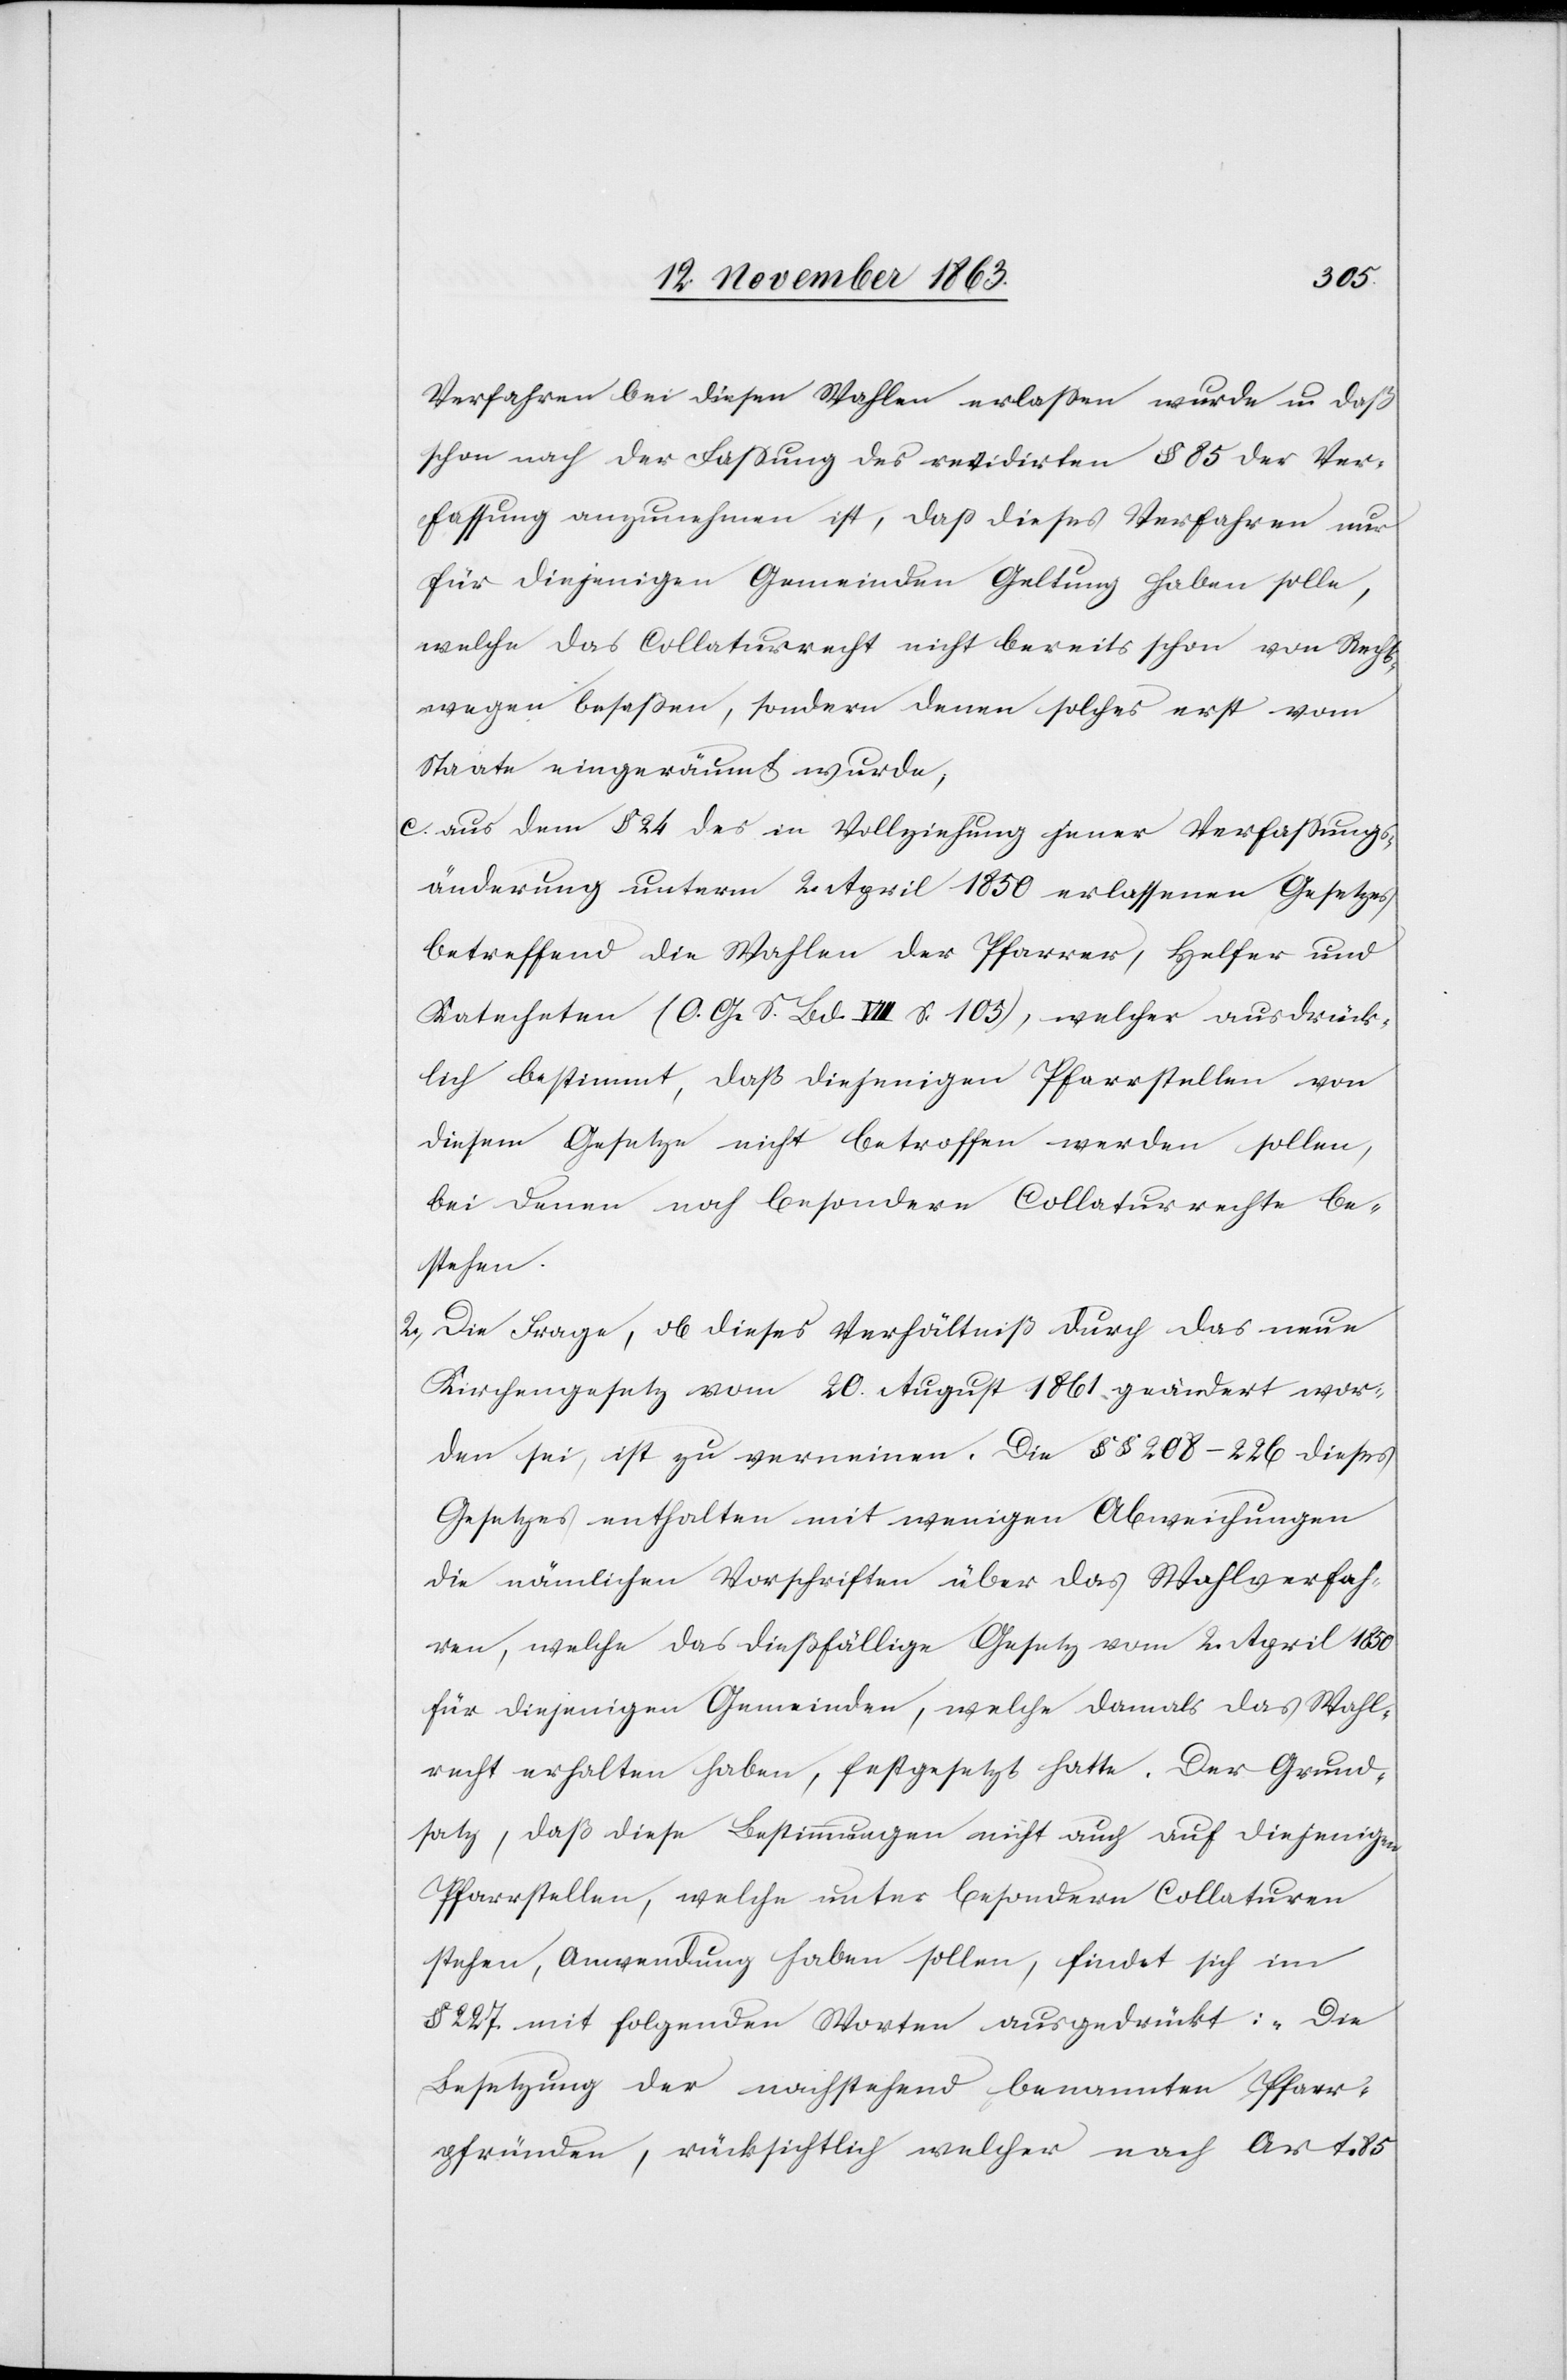
Verfahren bei diesen Wahlen erlassen wurde u. daß
schon nach der Fassung des revidirten § 85 der Ver¬
fassung anzunehmen ist, daß dieses Verfahren nur
für diejenigen Gemeinden Geltung haben solle,
welche das Collaturrecht nicht bereits schon von Recht¬
swegen besaßen, sondern denen solches erst vom
Staate eingeräumt wurde,
c. aus dem § 24 des in Vollziehung jener Verfassungs¬
änderung unterm 2. April 1850 erlassenen Gesetzes
betreffend die Wahlen der Pfarrer, Helfer und
Katecheten (O. G. S. Bd. VIII S. 105), welcher ausdrück¬
lich bestimmt, daß diejenigen Pfarrstellen von
diesem Gesetze nicht betroffen werden sollen,
bei denen noch besondere Collaturrechte be¬
stehen.
2. Die Frage, ob dieses Verhältniß durch das neue
Kirchengesetz vom 20. August 1861 geändert wor¬
den sei, ist zu verneinen. Die §§ 208–226 dieses
Gesetzes enthalten mit wenigen Abweichungen
die nämlichen Vorschriften über das Wahlverfah¬
ren, welche das dießfällige Gesetz vom 2. April 1850
für diejenigen Gemeinden, welche damals das Wahl¬
recht erhalten haben, festgesetzt hatte. Der Grund¬
satz, daß diese Bestimmungen nicht auch auf diejenigen
Pfarrstellen, welche unter besondern Collaturen
stehen, Anwendung haben sollen, findet sich im
§ 227 mit folgenden Worten ausgedrückt: „Die
Besetzung der nachstehend benannten Pfarr¬
pfründen, rücksichtlich welcher nach Art. 85